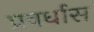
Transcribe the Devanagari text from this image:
प्रवर्धास